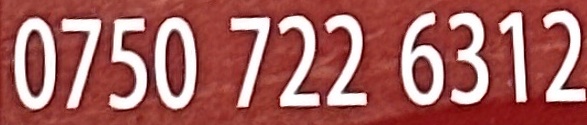
0750 722 6312